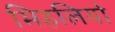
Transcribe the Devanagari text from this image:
मिहलियो